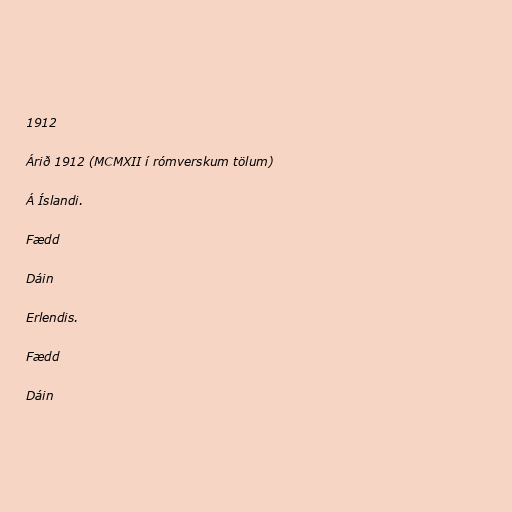
1912

Árið 1912 (MCMXII í rómverskum tölum)

Á Íslandi.

Fædd

Dáin

Erlendis.

Fædd

Dáin